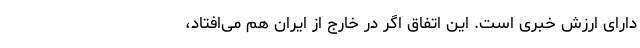
دارای ارزش خبری است. این اتفاق اگر در خارج از ایران هم می‌افتاد،